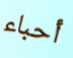
أحباء